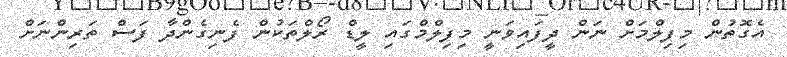
އެގޮތުން މިފިލްމަށް ނަން ދީފައިވަނީ މިފިލްމްގައި ލީޑް ރޯލްތަކުން ފެނިގެންދާ ފަސް ތަރިންނަށް